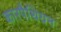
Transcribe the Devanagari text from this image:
कारपैथियन